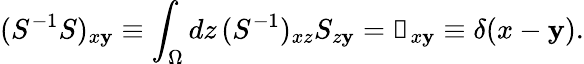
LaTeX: (S^{-1}S)_{x\mathbf{y}}\equiv\int_{\Omega}dz\, (S^{-1})_{xz}S_{z\mathbf{y}}=\mathbb{{1}}_{x\mathbf{y}}\equiv\delta(x-\mathbf{y}).